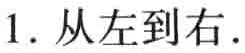
1. 从左到右.